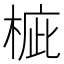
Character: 𣓄